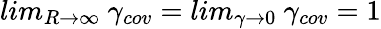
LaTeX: lim_{R\rightarrow\infty}\mathrm{~}\gamma_{cov}=lim_{\gamma\rightarrow 0}\mathrm{~}\gamma_{cov}=1